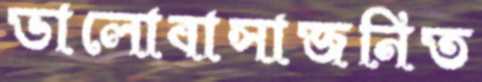
ভালোবাসাজনিত